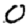
Digit: 0